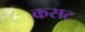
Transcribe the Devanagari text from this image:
कसट